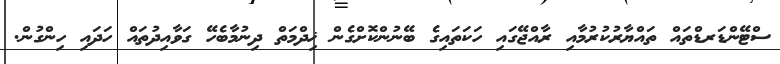
ސްޓޭންޑަރޑްތައް ތައްޔާރުކުރުމާއި ރާއްޖޭގައި ހަކަތައިގެ ބޭނުންކޮށްގެން ޚިދްމަތް ދިނުމާބެހޭ ގަވާއިދުތައް ހަދައި ހިންގުން.